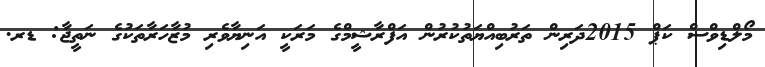
މޯލްޑިވްސް ކަޕް 2015ދަރިން ތަރުބިއްޔަތުކުރުން އަފްރާޝީމްގެ މަރަކީ އަނިޔާވެރި މުޒާހަރާތަކުގެ ނަތީޖާ: ޑރ.